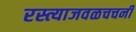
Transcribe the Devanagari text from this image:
रस्त्याजवळचचर्नी